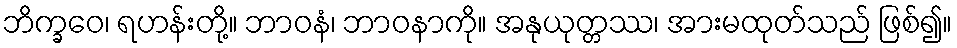
ဘိက္ခဝေ၊ ရဟန်းတို့။ ဘာဝနံ၊ ဘာဝနာကို။ အနုယုတ္တဿ၊ အားမထုတ်သည် ဖြစ်၍။